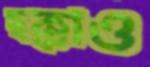
ছক্কাও